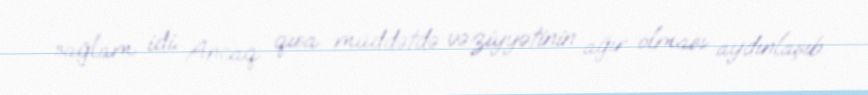
sağlam idi. Ancaq qısa müddətdə vəziyyətinin ağır olması aydınlaşıb.